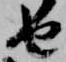
由